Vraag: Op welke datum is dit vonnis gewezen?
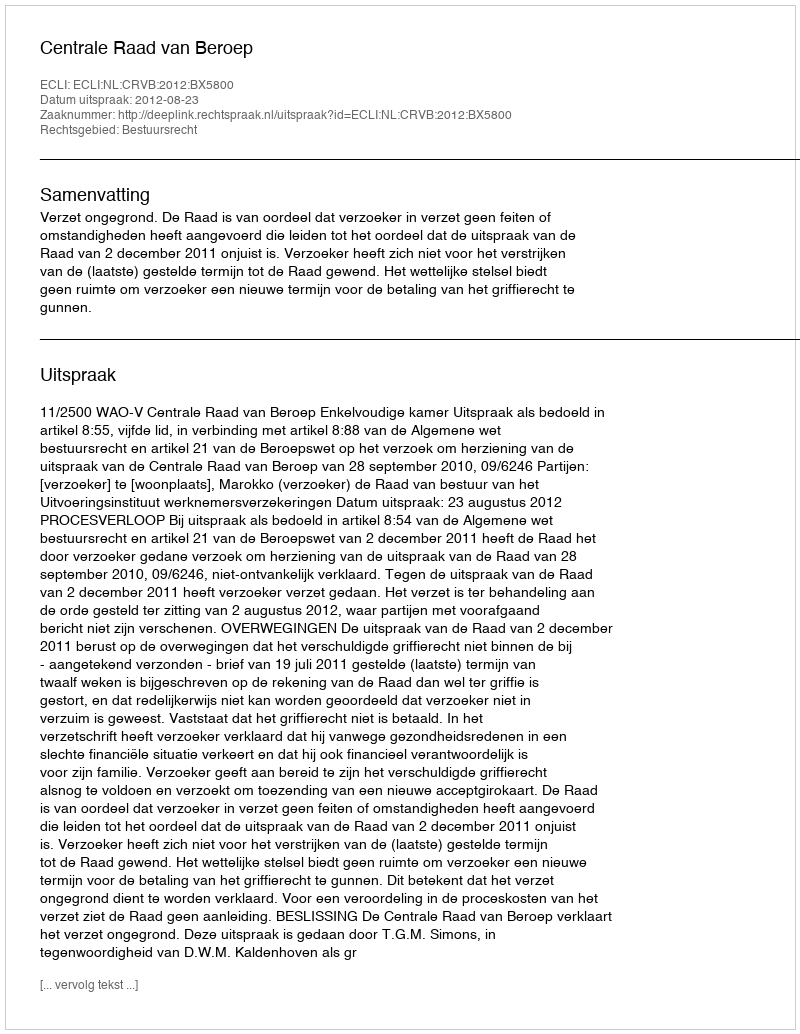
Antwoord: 2012-08-23